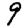
Digit: 9